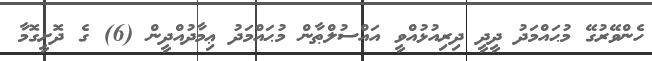
ހެންވޭރުގޭ މުޙައްމަދު ދީދީ ދިރިއުޅުއްވީ އައްސުލްޠާން މުޙައްމަދު ޢިމާދުއްދީން (6) ގެ ދޮށީގޮމާ